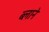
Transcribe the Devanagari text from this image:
ब्लाने